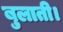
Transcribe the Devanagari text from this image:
बुलाती।